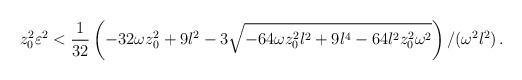
LaTeX: \begin{align*}z_0 ^2 \varepsilon^2 < {1 \over {32}} \left( -32 \omega z_0 ^2 + 9l^2- 3 \sqrt{-64\omega z_0 ^2 l^2 + 9l^4 - 64 l^2 z_0 ^2 \omega ^2}\right) / (\omega^2 l^2) \, .\end{align*}